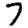
Digit: 7